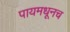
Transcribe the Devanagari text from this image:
पायमधूनच